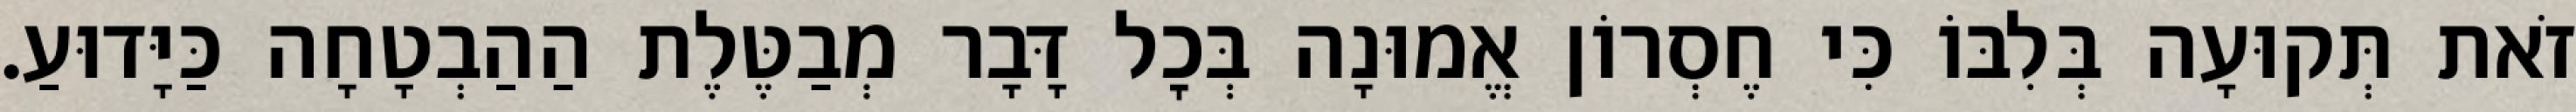
זֹאת תְּקוּעָה בְּלִבּוֹ כִּי חֶסְרוֹן אֱמוּנָה בְּכׇל דָּבָר מְבַטֶּלֶת הַהַבְטָחָה כַּיָּדוּעַ.